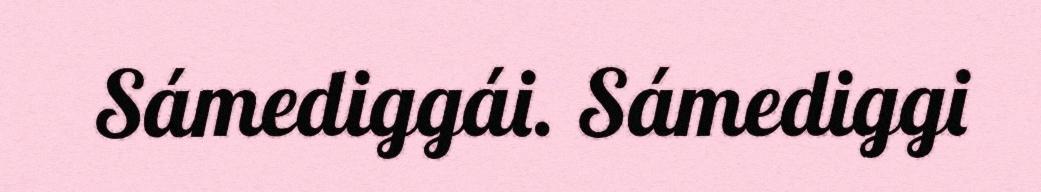
Sámediggái. Sámediggi